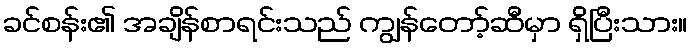
ခင်စန်း၏ အချိန်စာရင်းသည် ကျွန်တော့်ဆီမှာ ရှိပြီးသား။